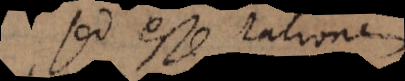
sed esse rationem